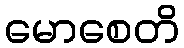
မောစေတိ